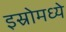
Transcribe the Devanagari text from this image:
इस्रोमध्ये